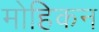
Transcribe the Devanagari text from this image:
मोहिकन